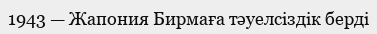
1943 — Жапония Бирмаға тәуелсiздiк бердi